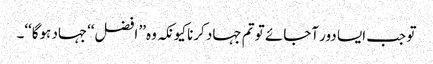
تو جب ایسا دور آجائے تو تم جہاد کرنا کیونکہ وہ’’ افضل‘‘جہاد ہوگا‘‘۔